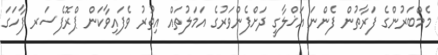
މެމްބަރުންގެ ފަރާތުން ފެންނަ އަޚްލާގީ ދަށްފެންވަރުގެ އަމަލުތައް އިތުރު ވެފައިވާކަން ޕްރޮފެސަރ ފާހަގަ